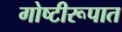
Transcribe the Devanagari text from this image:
गोष्टीरूपात